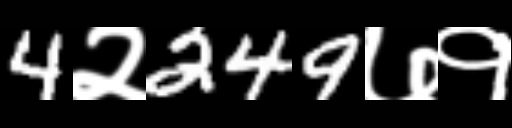
Text: 4२249७१